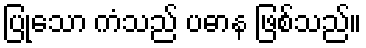
ပြုသော ကံသည် ပဓာန ဖြစ်သည်။